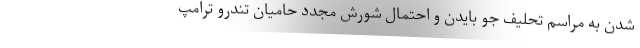
شدن به مراسم تحلیف جو بایدن و احتمال شورش مجدد حامیان تندرو ترامپ